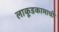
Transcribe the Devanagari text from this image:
लाकूडकामाची